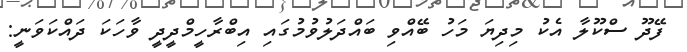
ފޭދޫ ސްކޫލާ އެކު މިދިޔަ މަހު ބޭއްވި ބައްދަލުވުމުގައި އިބްރާހީމްދީދީ ވާހަކަ ދައްކަވަނީ: